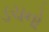
ડચનો